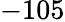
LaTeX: -105